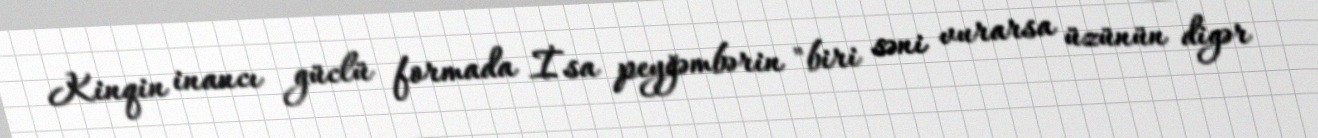
Kinqin inancı güclü formada İsa peyğəmbərin "biri səni vurarsa üzünün digər